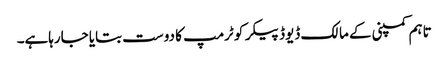
تاہم کمپنی کے مالک ڈیوڈ پیکر کو ٹرمپ کا دوست بتایا جارہاہے۔